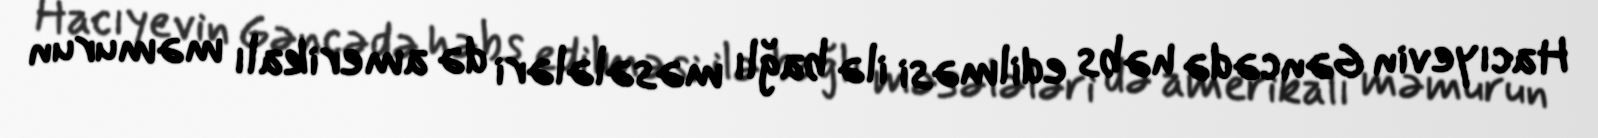
Hacıyevin Gəncədə həbs edilməsi ilə bağlı məsələləri də amerikalı məmurun